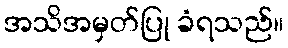
အသိအမှတ်ပြု ခံရသည်။